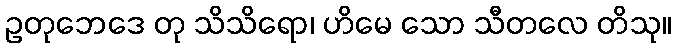
ဥတုဘေဒေ တု သိသိရော၊ ဟိမေ သော သီတလေ တိသု။